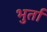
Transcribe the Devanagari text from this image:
भुर्ता